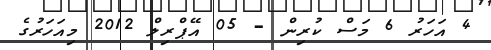
4 އަހަރު 6 މަސް ކުރިން - 05 އޭޕްރިލް 2012 މިއަހަރުގެ